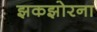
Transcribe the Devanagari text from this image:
झकझोरना